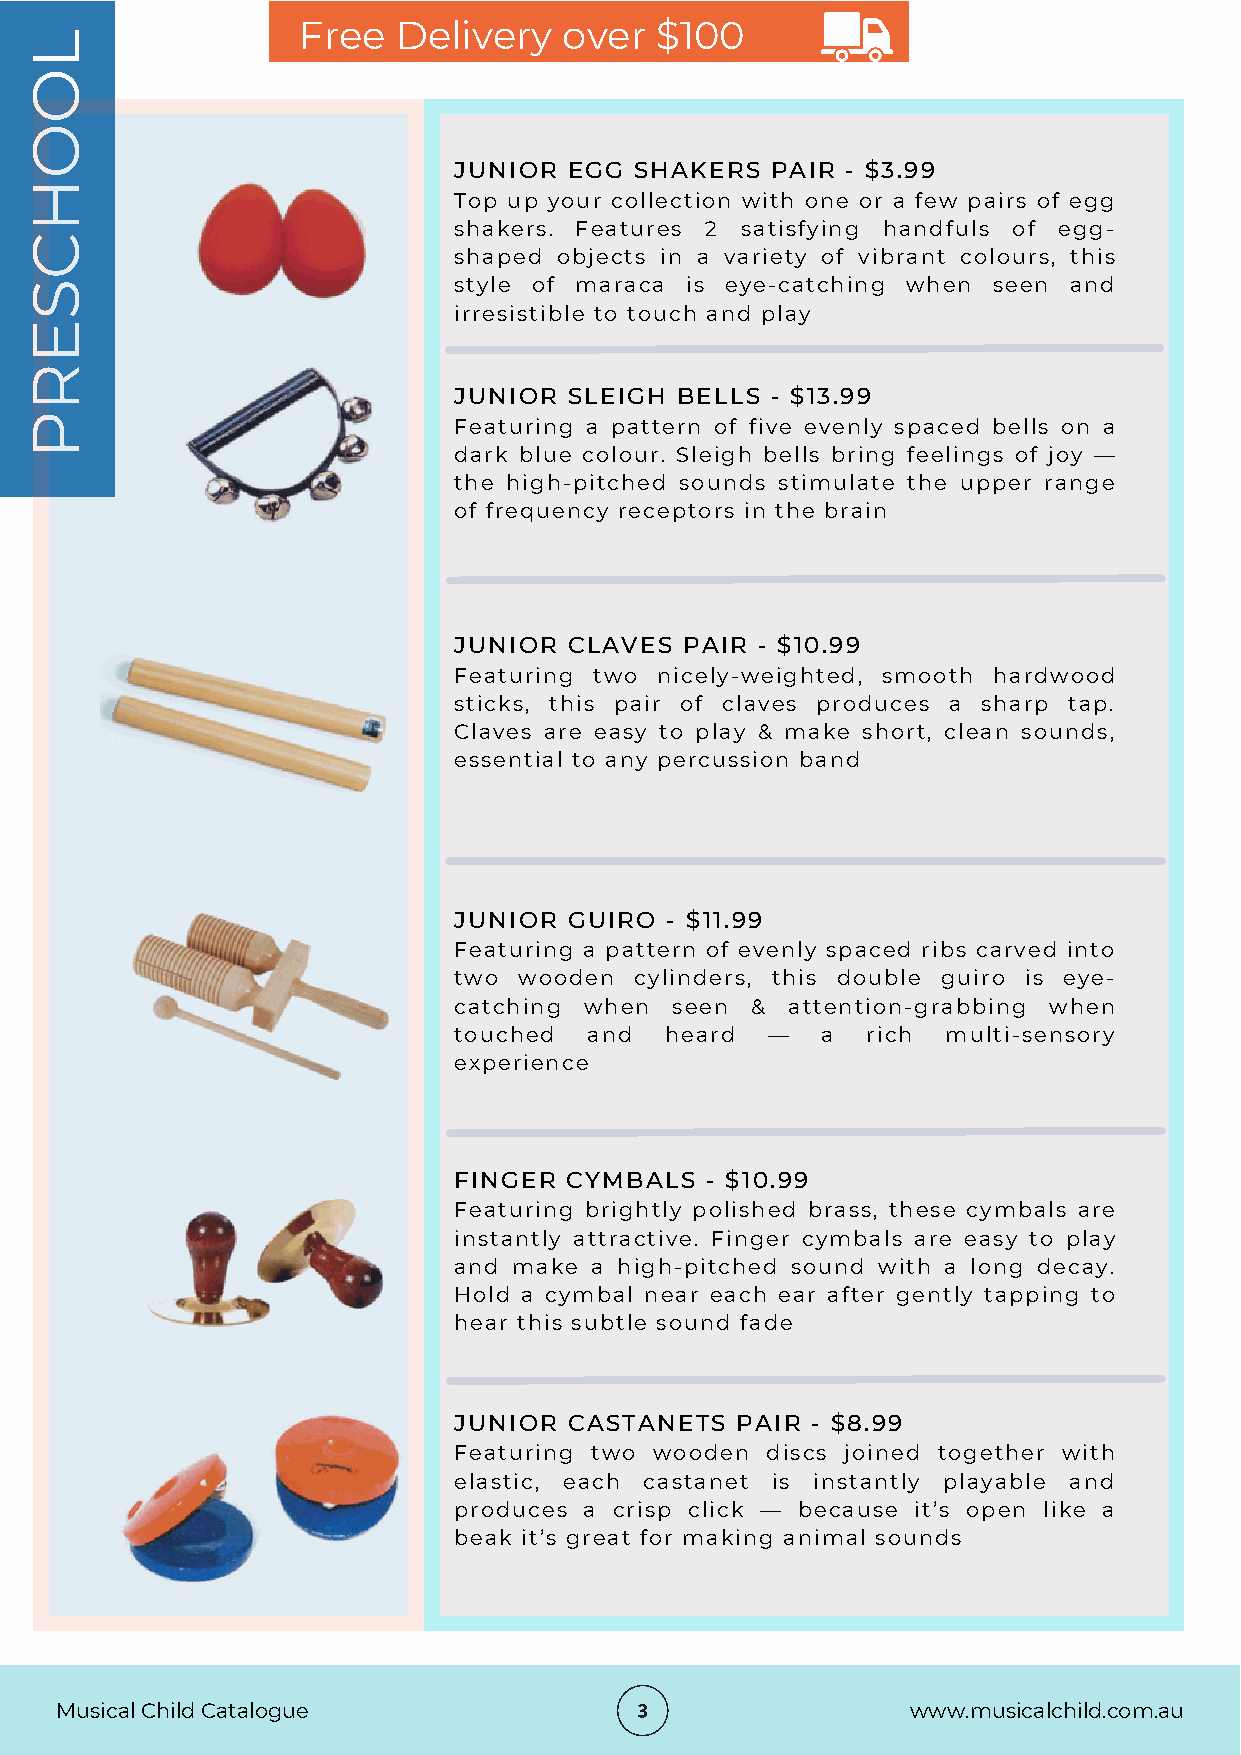
Free  Delivery   over  $100
 L
 O
 O
 JUNIOR  EGG SHAKERS  PAIR - $3.99
 H
 Top up your collection with one or a few pairs of egg
 shakers. Features 2 satisfying handfuls of egg-
 C
 shaped objects in a variety of vibrant colours, this
 S                           style of maraca is eye-catching when seen and
 irresistible to touch and play
 E
 R
 JUNIOR  SLEIGH BELLS - $13.99
 P
 Featuring a pattern of five evenly spaced bells on a
 dark blue colour. Sleigh bells bring feelings of joy —
 the high-pitched sounds stimulate the upper range
 of frequency receptors in the brain
 JUNIOR  CLAVES PAIR - $10.99
 Featuring two nicely-weighted, smooth hardwood
 sticks, this pair of claves produces a sharp tap.
 Claves are easy to play & make short, clean sounds,
 essential to any percussion band
 JUNIOR  GUIRO - $11.99
 Featuring a pattern of evenly spaced ribs carved into
 two wooden  cylinders, this double guiro is eye-
 catching when  seen & attention-grabbing when
 touched  and  heard  —  a  rich  multi-sensory
 experience
 FINGER CYMBALS   - $10.99
 Featuring brightly polished brass, these cymbals are
 instantly attractive. Finger cymbals are easy to play
 and make a high-pitched sound with a long decay.
 Hold a cymbal near each ear after gently tapping to
 hear this subtle sound fade
 JUNIOR  CASTANETS  PAIR - $8.99
 Featuring two wooden discs joined together with
 elastic, each castanet is instantly playable and
 produces a crisp click — because it’s open like a
 beak it’s great for making animal sounds
 Musical Child Catalogue                                 www.musicalchild.com.au